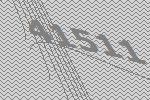
41511